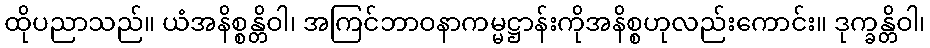
ထိုပညာသည်။ ယံအနိစ္စန္တိဝါ၊ အကြင်ဘာဝနာကမ္မဋ္ဌာန်းကိုအနိစ္စဟုလည်းကောင်း။ ဒုက္ခန္တိဝါ၊